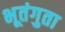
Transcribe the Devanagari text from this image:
भूतंगुता